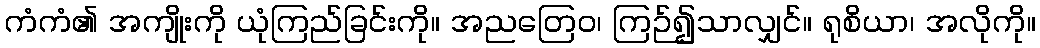
ကံကံ၏ အကျိုးကို ယုံကြည်ခြင်းကို။ အညတြေဝ၊ ကြဉ်၍သာလျှင်။ ရုစိယာ၊ အလိုကို။